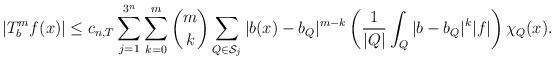
LaTeX: \begin{align*}|T_{b}^{m}f(x)|\leq c_{n,T}\sum_{j=1}^{3^{n}}\sum_{k=0}^{m}\binom{m}{k}\sum_{Q\in\mathcal{S}_{j}}|b(x)-b_{Q}|^{m-k}\left(\frac{1}{|Q|}\int_{Q}|b-b_{Q}|^{k}|f|\right)\chi_{Q}(x).\end{align*}